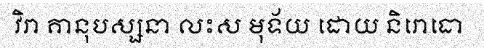
វិរា គានុបស្សនា លះស មុទ័យ ដោយ និរោធោ